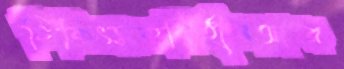
চিকিৎসকবিহীনআর